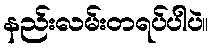
နည်းလမ်းတရပ်ပါပဲ။